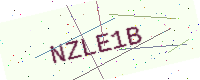
Text: NZLE1B